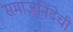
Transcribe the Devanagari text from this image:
समाजनिंदेची